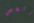
وشخص